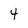
Character: 4